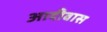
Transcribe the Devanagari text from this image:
आदीवास